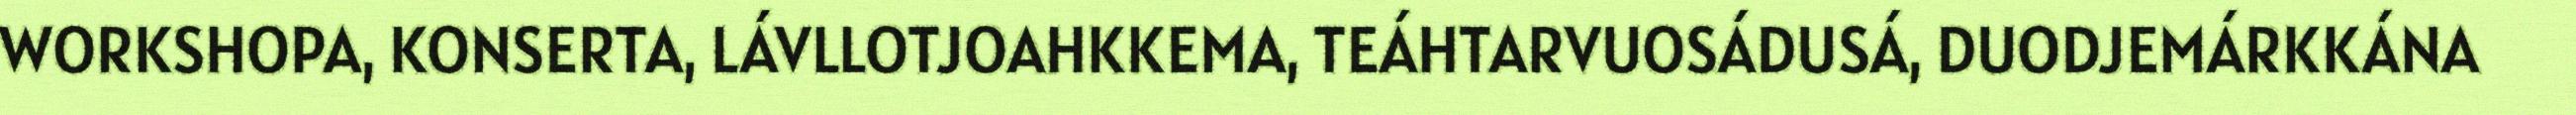
WORKSHOPA, KONSERTA, LÁVLLOTJOAHKKEMA, TEÁHTARVUOSÁDUSÁ, DUODJEMÁRKKÁNA